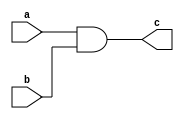
module andDataFlow (
    a, b, c
);
    
input a,b;
output c;
assign c = a&b;
endmodule

module andDataFlowTestBench;
    reg a,b;
    wire c;

    andDataFlow i(a,b,c);
    
    initial
    begin
        a=1'b0;
        b=1'b0;
        $monitor("Time: %0t a=%b b=%b c=%b", $time, a, b, c);
        #5 a=1'b0; b=1'b0;
        #5 a=1'b0; b=1'b1;
        #5 a=1'b1; b=1'b0;
        #5 a=1'b1; b=1'b1;
    end
endmodule